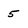
Character: 5